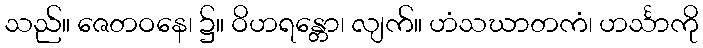
သည်။ ဇေတဝနေ၊ ၌။ ဝိဟရန္တော၊ လျက်။ ဟံသဃာတကံ၊ ဟင်္သာကို